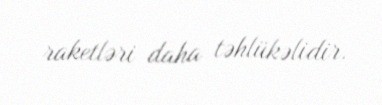
raketləri daha təhlükəlidir.